Civil Veterinary Dept. North-West Frontier Province 1933-46 - 1933-1946
Year: 1933
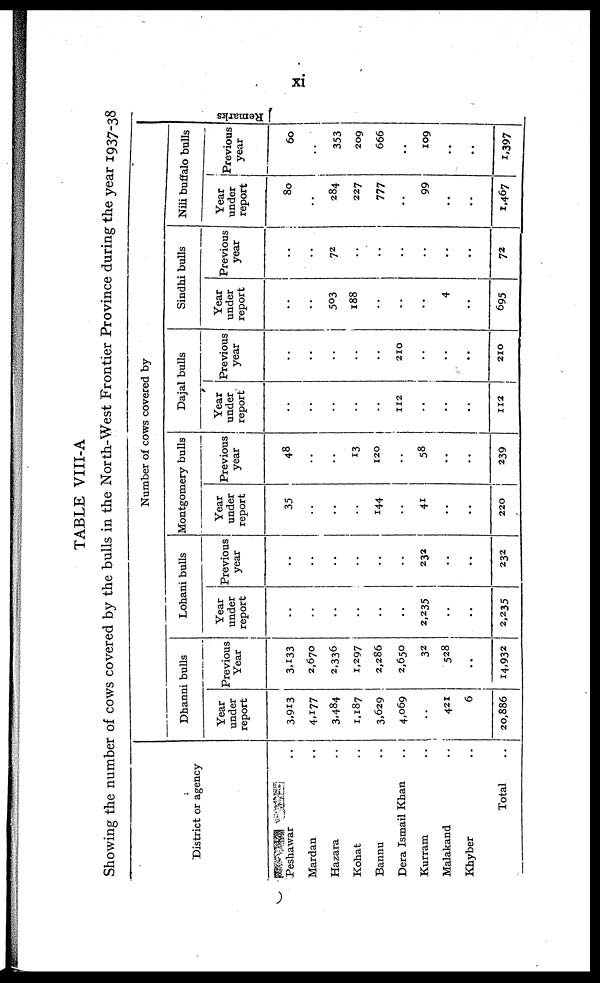
xi
TABLE VIII-A
Showing the number of cows covered by the bulls in the North-West Frontier Province during the year 1937-38
District or agency
Peshawar ..
Mardan ..
Hazara ..
Kohat ..
Bannu ..
Dera Ismail Khan ..
Kurram ..
Malakand ..
Khyber ..
Total ..
Number of cows covered by
Dhanni bulls
Year
under
report
3,913
4,177
3,484
1,187
3,629
4,069
..
421
6
20,886
Previous
Year
3,133
2,670
2,336
1,297
2,286
2,650
32
528
..
14,932
Lohani bulls
Year
under
report
..
..
..
..
..
..
2,235
..
..
2,235
Previous
year
..
..
..
..
..
..
232
..
..
232
Montgomery bulls
Year
under
report
35
..
..
..
144
..
41
..
..
220
Previous
year
48
..
..
13
120
..
58
..
..
239
Dajal bulls
Year
under
report
..
..
..
..
..
112
..
..
..
112
Previous
year
..
..
..
..
..
210
..
..
..
210
Sindhi bulls
Year
under
report
..
..
503
188
..
..
..
4
..
695
Previous
year
..
..
72
..
..
..
..
..
..
72
Nili buffalo bulls
Year
under
report
80
..
284
227
777
..
99
..
..
1,467
Previous
year
60
..
353
209
666
..
109
..
..
1,397
Re ma r
k s